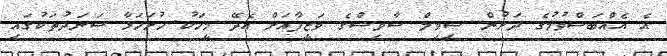
އެ އެއްބަސްވުމުގެ ދަށުން ސިވިލް ސާވިސްގެ ވަޒީފާއަށް އެދޭ މީހަކު ހުށަހަޅާ ސަނަދުތަކުގައި